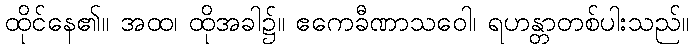
ထိုင်နေ၏။ အထ၊ ထိုအခါ၌။ ဧကေခီဏာသဝေါ၊ ရဟန္တာတစ်ပါးသည်။